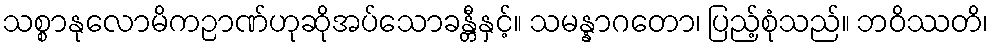
သစ္စာနုလောမိကဉာဏ်ဟုဆိုအပ်သောခန္တီနှင့်။ သမန္နာဂတော၊ ပြည့်စုံသည်။ ဘဝိဿတိ၊